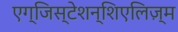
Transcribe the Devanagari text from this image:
एग्जिस्टेशन्शिएलिज़्म